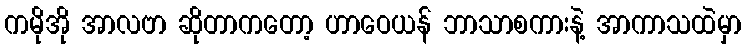
ကမိုအို အာလဗာ ဆိုတာကတော့ ဟာဝေယန် ဘာသာစကားနဲ့ အာကာသထဲမှာ